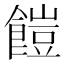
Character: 䭓